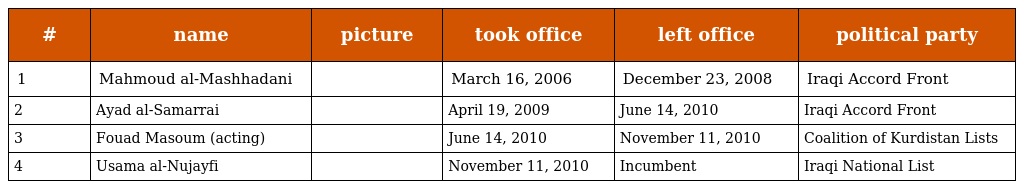
| # | name | picture | took office | left office | political party |
 | --- | --- | --- | --- | --- | --- |
 | 1 | Mahmoud al-Mashhadani |  | March 16, 2006 | December 23, 2008 | Iraqi Accord Front |
 | 2 | Ayad al-Samarrai |  | April 19, 2009 | June 14, 2010 | Iraqi Accord Front |
 | 3 | Fouad Masoum (acting) |  | June 14, 2010 | November 11, 2010 | Coalition of Kurdistan Lists |
 | 4 | Usama al-Nujayfi |  | November 11, 2010 | Incumbent | Iraqi National List |